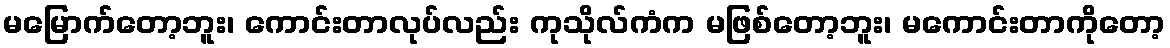
မမြောက်တော့ဘူး၊ ကောင်းတာလုပ်လည်း ကုသိုလ်ကံက မဖြစ်တော့ဘူး၊ မကောင်းတာကိုတော့